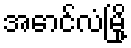
အောင်လံမြို့